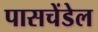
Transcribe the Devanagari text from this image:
पासचेंडेल